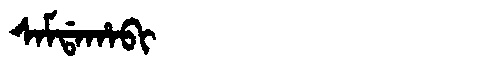
Manchu: ᠰᠠᠮᡩᠠᡥᠠᠪᡳ
Romanization: SAMDAHABI